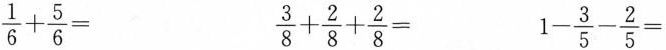
$$\frac{1}{6}+ \frac{5}{6}=$$ $$\frac{3}{8}+ \frac{2}{8}+ \frac{2}{8}=$$ $$1- \frac{3}{5}- \frac{2}{5}=$$